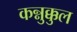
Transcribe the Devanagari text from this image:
कन्नुक्कुल